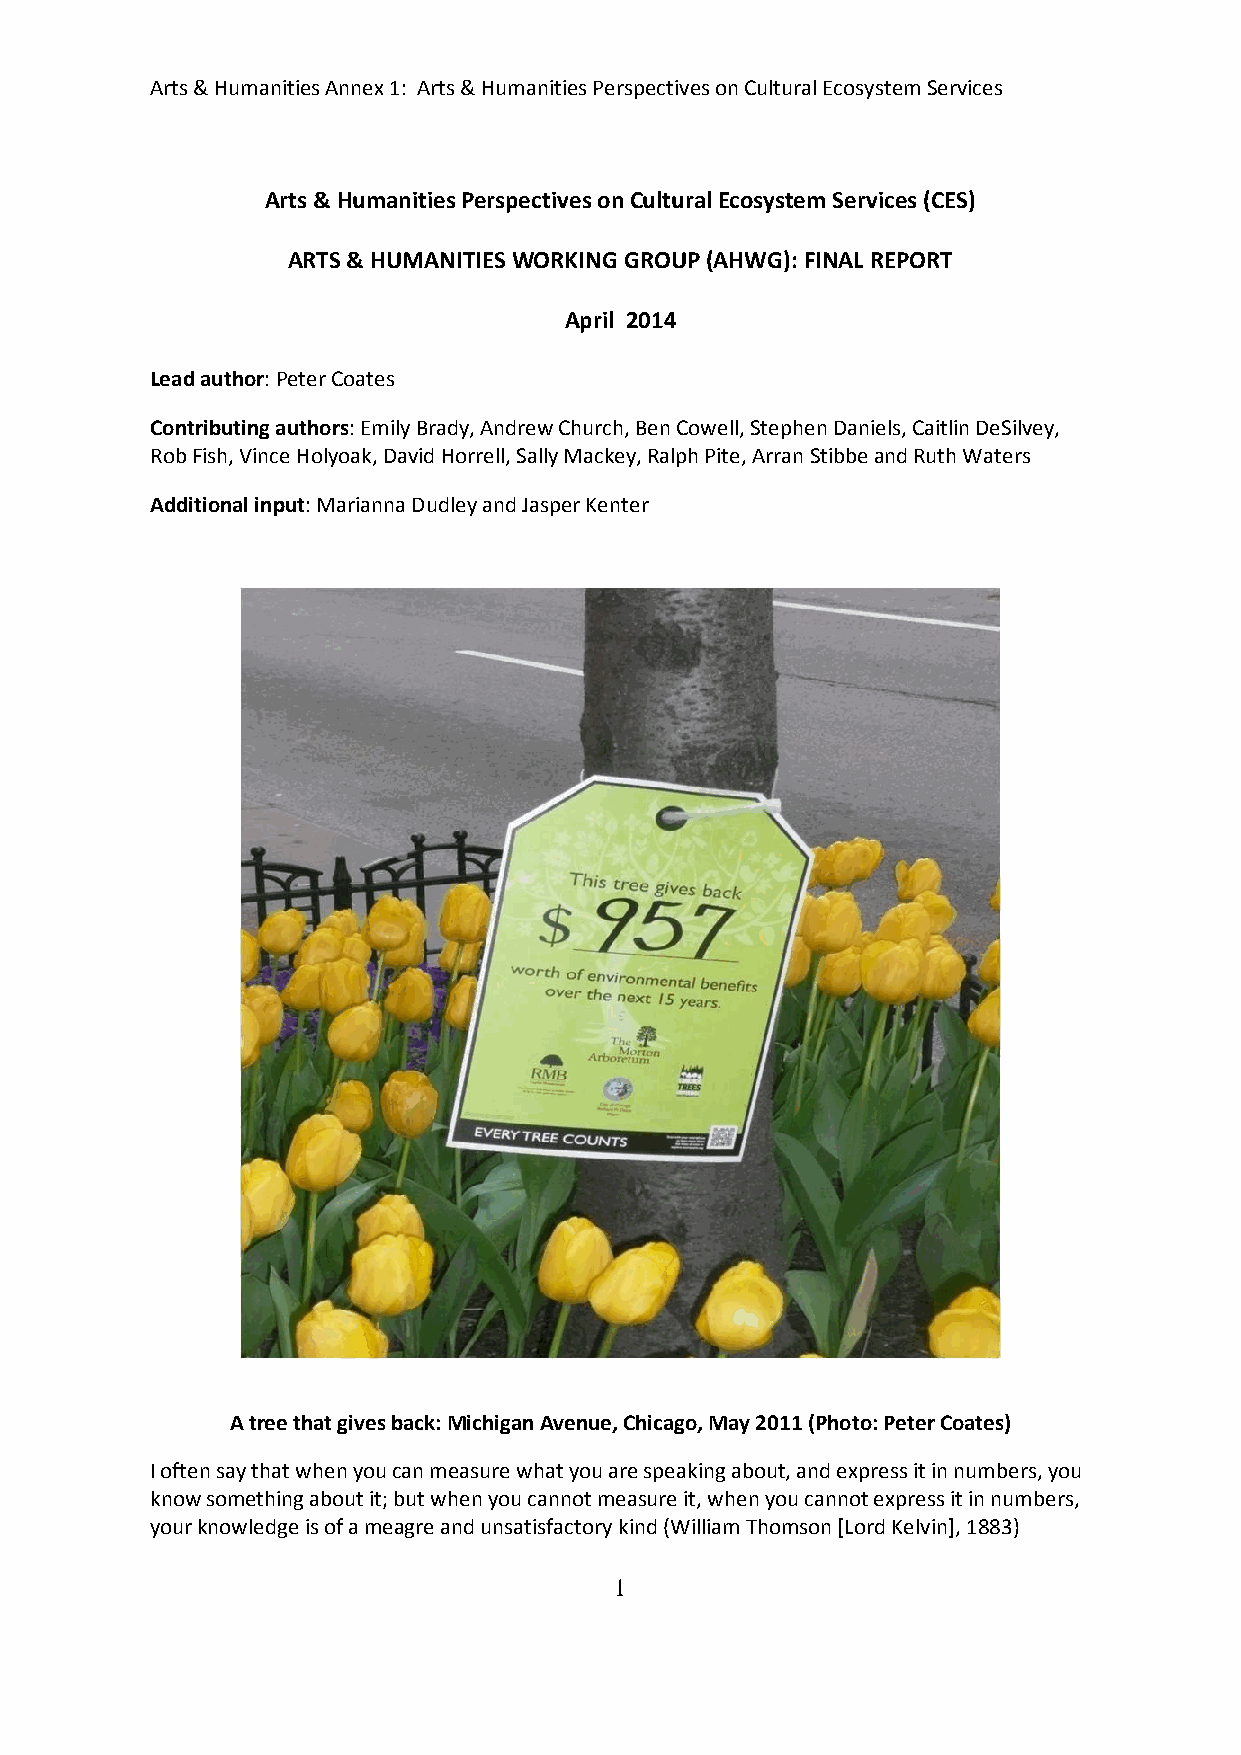
Arts & Humanities Annex 1: Arts & Humanities Perspectives on Cultural Ecosystem Services
 Arts & Humanities Perspectives on Cultural Ecosystem Services (CES)
 ARTS & HUMANITIES WORKING GROUP (AHWG): FINAL REPORT
 April 2014
 Lead author: Peter Coates
 Contributing authors: Emily Brady, Andrew Church, Ben Cowell, Stephen Daniels, Caitlin DeSilvey,
 Rob Fish, Vince Holyoak, David Horrell, Sally Mackey, Ralph Pite, Arran Stibbe and Ruth Waters
 Additional input: Marianna Dudley and Jasper Kenter
 A tree that gives back: Michigan Avenue, Chicago, May 2011 (Photo: Peter Coates)
 I often say that when you can measure what you are speaking about, and express it in numbers, you
 know something about it; but when you cannot measure it, when you cannot express it in numbers,
 your knowledge is of a meagre and unsatisfactory kind (William Thomson [Lord Kelvin], 1883)
 1